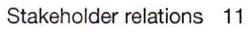
Stakeholder relations  11